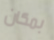
بمكان